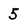
Character: 5